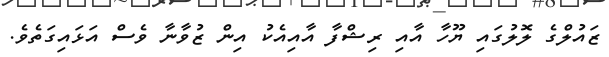
ޒައުލްގެ ލޮލުގައި ޔޫހާ އާއި ރިޝްފާ އާއިއެކު އިން ޒުވާނާ ވެސް އަޅައިގަތެވެ.